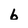
Character: b